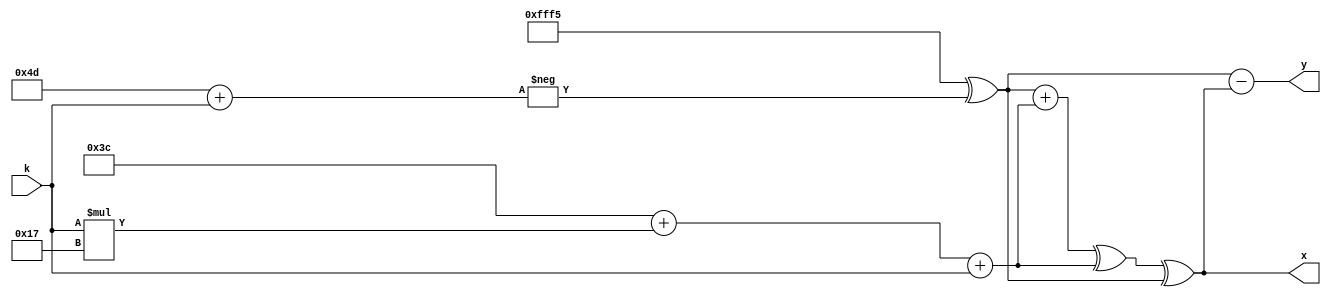
module scopes_test_01(input [3:0] k, output reg [15:0] x, y);
	function [15:0] func_01;
		input [15:0] x, y;
		begin
			func_01 = x + y;
			begin:blk
				reg [15:0] x;
				x = y;
				func_01 = func_01 ^ x;
			end
			func_01 = func_01 ^ x;
		end
	endfunction

	function [15:0] func_02;
		input [15:0] x, y;
		begin
			func_02 = x - y;
			begin:blk
				reg [15:0] func_02;
				func_02 = 0;
			end
		end
	endfunction

	task task_01;
		input [3:0] a;
		reg [15:0] y;
		begin
			y = a * 23;
			x = x + y;
		end
	endtask

	task task_02;
		input [3:0] a;
		begin:foo
			reg [15:0] x, z;
			x = y;
			begin:bar
				reg [15:0] x;
				x = 77 + a;
				z = -x;
			end
			y = x ^ z;
		end
	endtask

	always @* begin
		x = func_01(11, 22);
		y = func_02(33, 44);
		task_01(k);
		task_02(k);
		begin:foo
			reg [15:0] y;
			y = x;
			y = y + k;
			x = y;
		end
		x = func_01(y, x);
		y = func_02(y, x);
	end
endmodule